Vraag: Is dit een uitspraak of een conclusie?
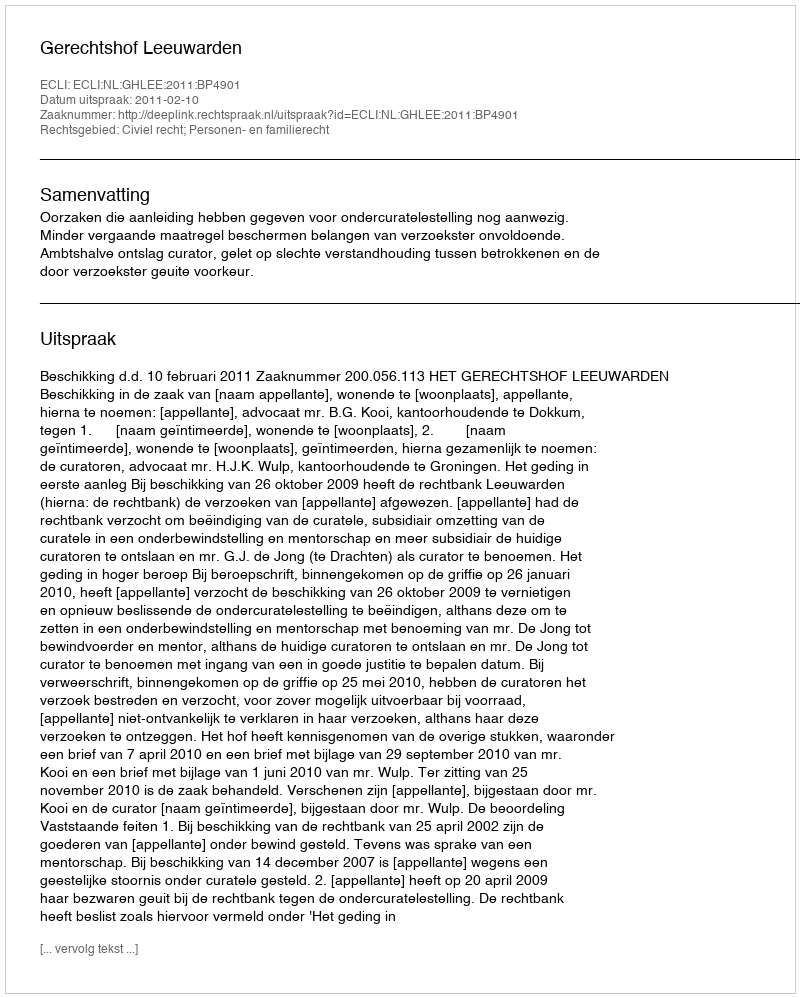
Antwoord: Uitspraak